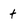
Character: t